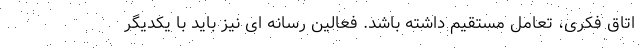
اتاق فکری، تعامل مستقیم داشته باشد. فعالین رسانه ای نیز باید با یکدیگر